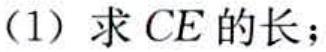
(1) 求 \(CE\) 的长；